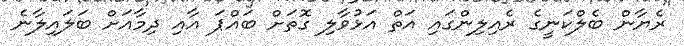
ރެޔާން ބެލްކަނީގެ ރެއިލިންގައި އަތް އަޅުވާލި ގޮތަށް ބައްޕަ އާއި ދިމާއަށް ބަލައިލާނެ